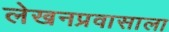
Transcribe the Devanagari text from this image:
लेखनप्रवासाला